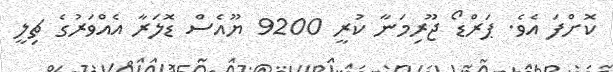
ކޮށްފަ އެވެ. ޕަރްޑޯ ޖޫރިމަނާ ކުރީ 9200 ޔޫއެސް ޑޮލަރާ އެއްވަރުގެ ޗިލީ